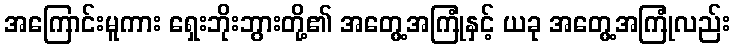
အကြောင်းမူကား ရှေးဘိုးဘွားတို့၏ အတွေ့အကြုံနှင့် ယခု အတွေ့အကြုံလည်း